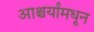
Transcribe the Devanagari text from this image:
आश्चर्यांमधून